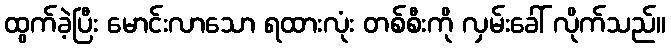
ထွက်ခဲ့ပြီး မောင်းလာသော ရထားလုံး တစ်စီးကို လှမ်းခေါ် လိုက်သည်။